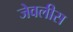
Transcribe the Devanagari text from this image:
जेवलीस